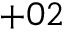
+ 0 2